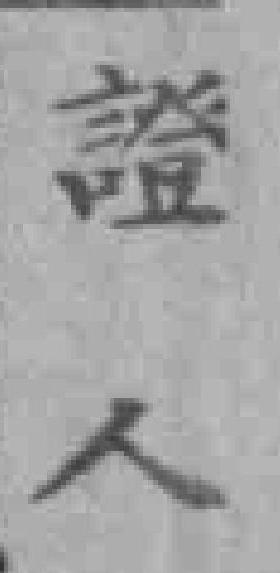
證人